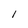
Character: 1